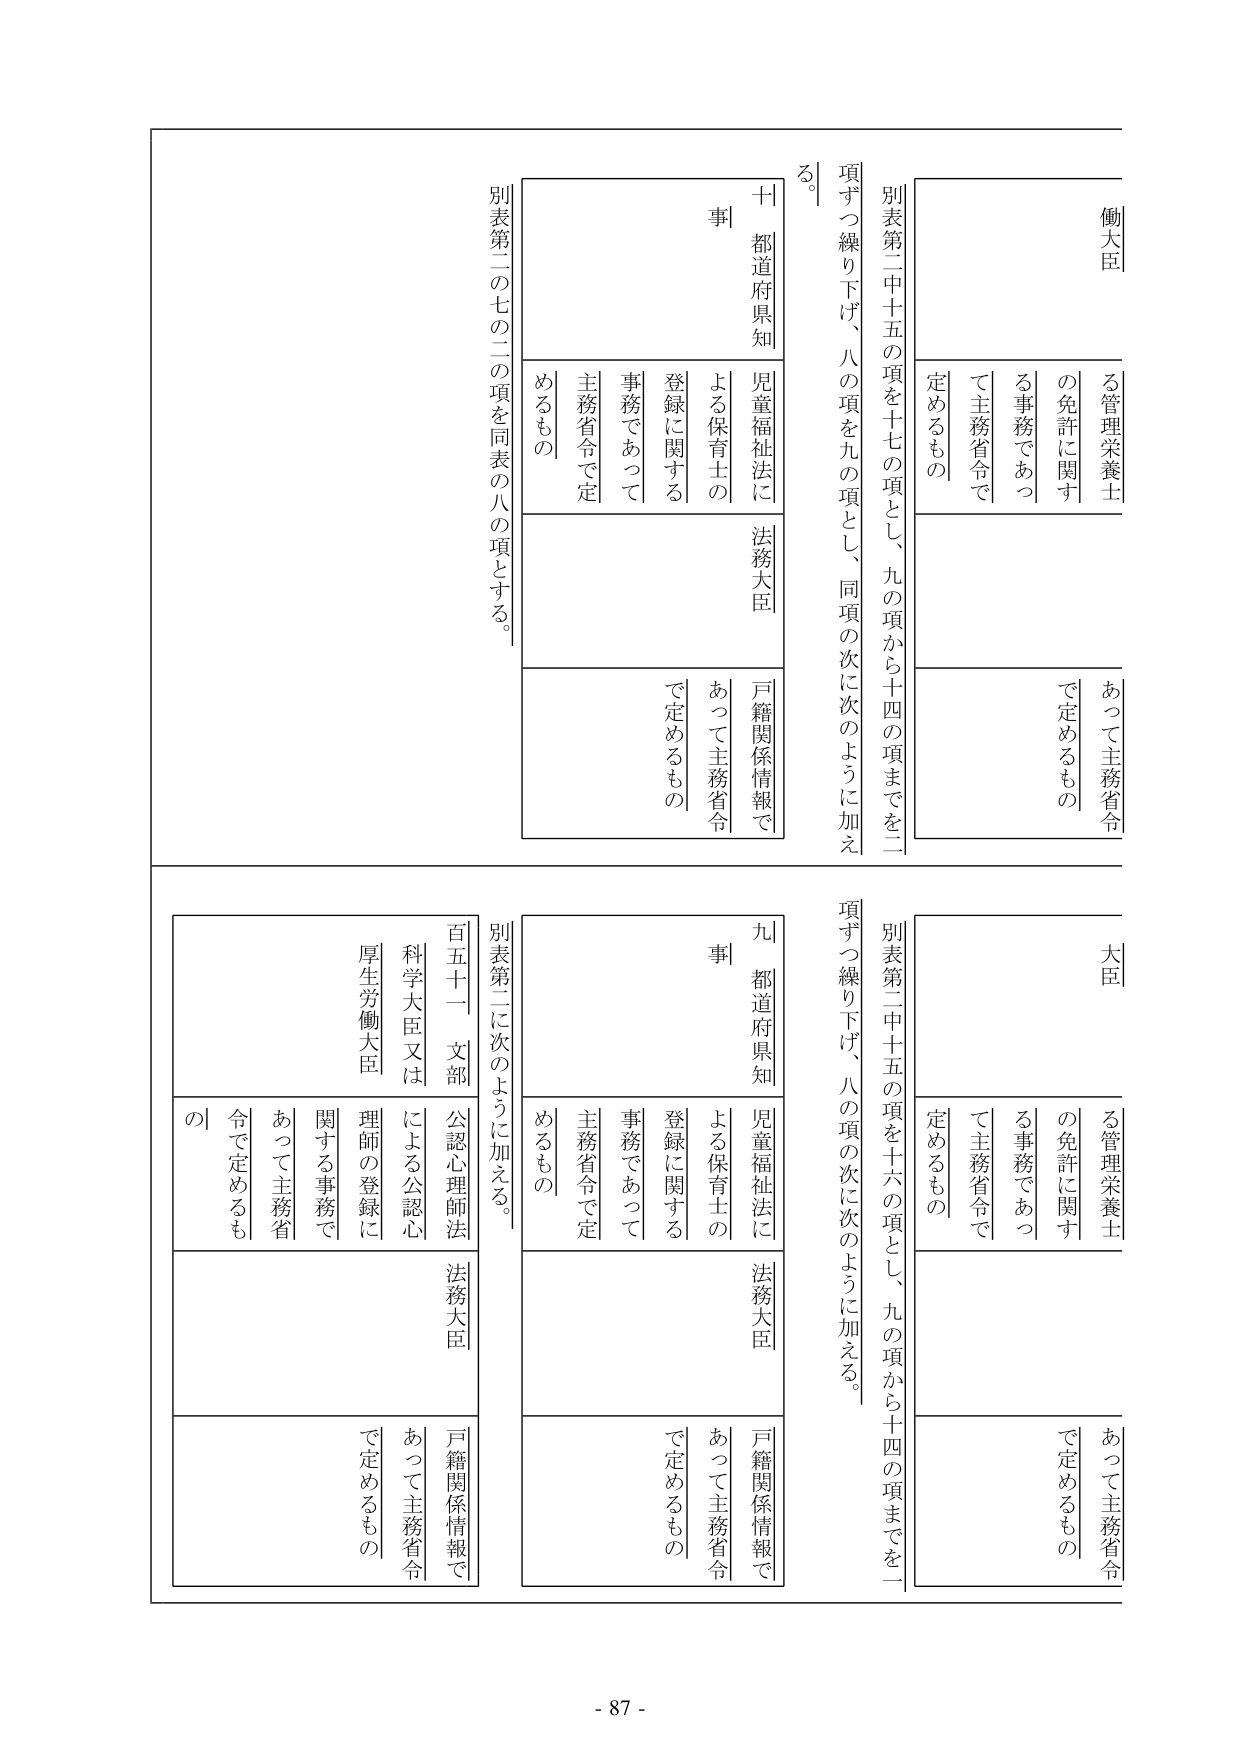
別表第二中十五の項を十七の項とし、九の項から十四の項までを二項ずつ繰り下げ、八の項を九の項とし、同項の次に次のように加える。

[働大臣]
　　る管理栄養士
　　の免許に関する事務であつて主務省令で定めるもの

[大臣]
　　る管理栄養士
　　の免許に関する事務であつて主務省令で定めるもの

[十]
　　都道府県知事
　　児童福祉法による保育士の登録に関する事務であつて主務省令で定めるもの
　　法務大臣
　　戸籍関係情報であつて主務省令で定めるもの

別表第二の七の二の項を同表の八の項とする。

別表第二中十五の項を十六の項とし、九の項から十四の項までを一項ずつ繰り下げ、八の項の次に次のように加える。

[九]
　　都道府県知事
　　児童福祉法による保育士の登録に関する事務であつて主務省令で定めるもの
　　法務大臣
　　戸籍関係情報であつて主務省令で定めるもの

別表第二に次のように加える。

[百五十一]
　　文部科学大臣又は厚生労働大臣
　　公認心理師法による公認心理師の登録に関する事務であつて主務省令で定めるもの
　　法務大臣
　　戸籍関係情報であつて主務省令で定めるもの

- 87 -